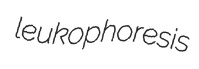
leukophoresis